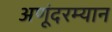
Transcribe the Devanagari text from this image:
अणूंदरम्यान